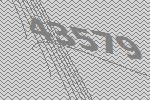
43579